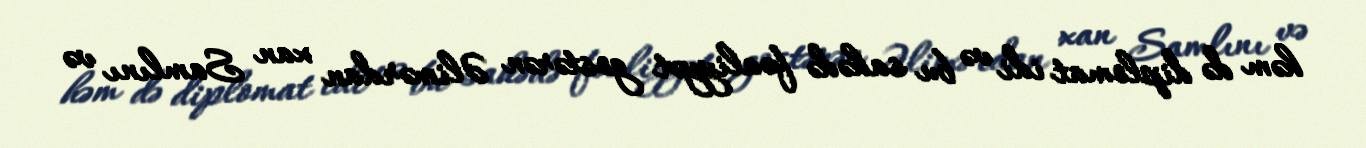
həm də diplomat idi və bu sahədə fəaliyyət gostərən Əlimərdan xan Samlını və